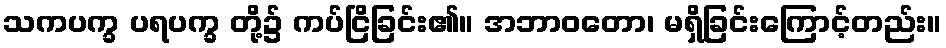
သကပက္ခ ပရပက္ခ တို့၌ ကပ်ငြိခြင်း၏။ အဘာဝတော၊ မရှိခြင်းကြောင့်တည်း။